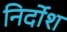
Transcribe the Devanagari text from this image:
निर्दोश